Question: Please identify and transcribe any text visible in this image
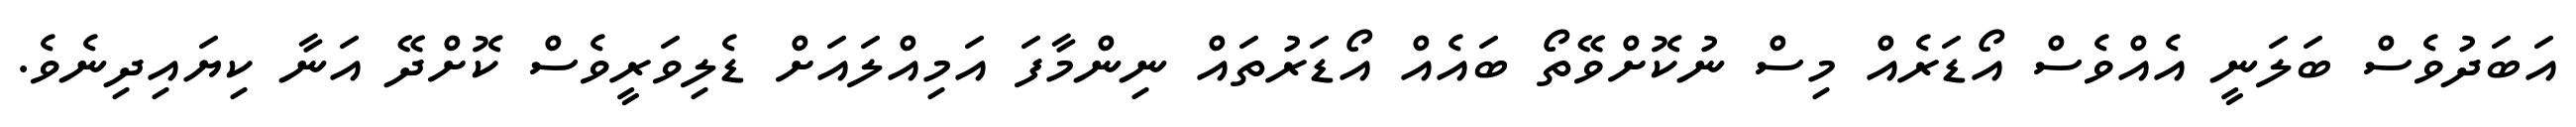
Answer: އަބަދުވެސް ބަލަނީ އެއްވެސް އޯޑަރެއް މިސް ނުކޮށްވޭތޯ ބައެއް އޯޑަރުތައް ނިންމާފަ އަމިއްލައަށް ޑެލިވަރީވެސް ކޮށްދޭ އަނާ ކިޔައިދިނެވެ.